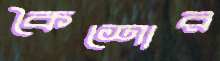
কৈশোর